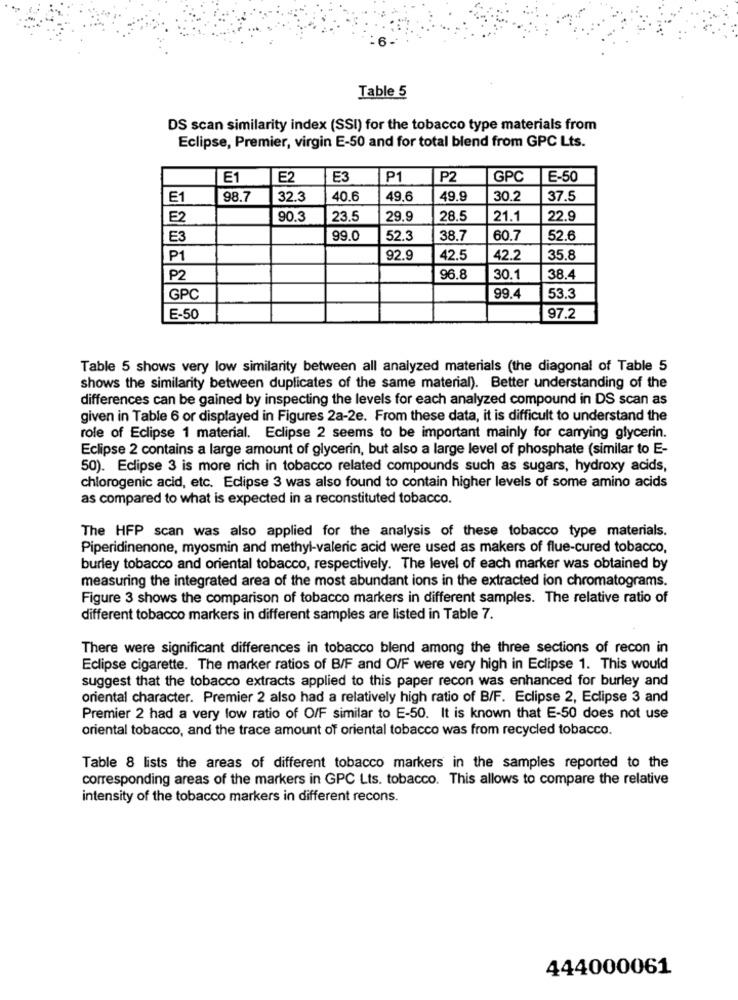
Table 5
DS scan similarity index (SSI) for the tobacco type materials from
Eclipse, Premier, virgin E-50 and for total blend from GPC Lts.
E1
E2
E3
P1
P2
GPC
E-50
E1
98.7
32.3
40.6
49.6
49.9
30.2
37.5
E2
90.3
23.5
29.9
28.5
21.1
22.9
E3
99.0
52.3
38.7
60.7
52.6
P1
92.9
42.5
42.2
35.8
P2
96.8
30.1
38.4
GPC
99.4
53.3
E-50
97.2
Table 5 shows very low similarity between all analyzed materials (the diagonal of Table 5
shows the similarity between duplicates of the same material). Better understanding of the
differences can be gained by inspecting the levels for each analyzed compound in DS scan as
given in Table 6 or displayed in Figures 2a-2e. From these data, it is difficult to understand the
role of Eclipse 1 material. Eclipse 2 seems to be important mainly for carrying glycerin.
Eclipse 2 contains a large amount of glycerin, but also a large level of phosphate (similar to E-
50). Eclipse 3 is more rich in tobacco related compounds such as sugars, hydroxy acids,
chlorogenic acid, etc. Eclipse 3 was also found to contain higher levels of some amino acids
as compared to what is expected in a reconstituted tobacco.
The HFP scan was also applied for the analysis of these tobacco type materials.
Piperidinenone, myosmin and methyl-valeric acid were used as makers of flue-cured tobacco,
burley tobacco and oriental tobacco, respectively. The level of each marker was obtained by
measuring the integrated area of the most abundant ions in the extracted ion chromatograms.
Figure 3 shows the comparison of tobacco markers in different samples. The relative ratio of
different tobacco markers in different samples are listed in Table 7.
There were significant differences in tobacco blend among the three sections of recon in
Eclipse cigarette. The marker ratios of B/F and O/F were very high in Eclipse 1. This would
suggest that the tobacco extracts applied to this paper recon was enhanced for burley and
oriental character. Premier 2 also had a relatively high ratio of B/F. Eclipse 2, Eclipse 3 and
Premier 2 had a very low ratio of O/F similar to E-50. It is known that E-50 does not use
oriental tobacco, and the trace amount of oriental tobacco was from recycled tobacco.
Table 8 lists the areas of different tobacco markers in the samples reported to the
corresponding areas of the markers in GPC Lts. tobacco. This allows to compare the relative
intensity of the tobacco markers in different recons.
444000061